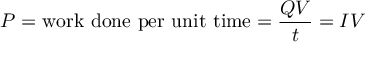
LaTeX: P = { \mathrm { w o r k ~ d o n e ~ p e r ~ u n i t ~ t i m e } } = { \frac { Q V } { t } } = I V